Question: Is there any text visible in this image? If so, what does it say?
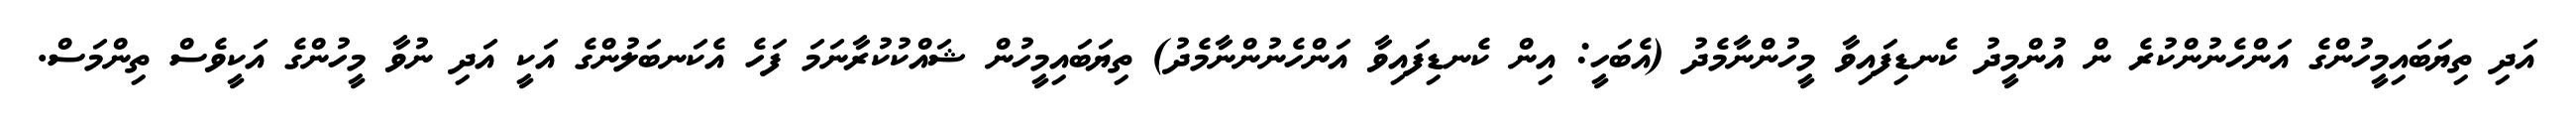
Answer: އަދި ތިޔަބައިމީހުންގެ އަންހެނުންކުރެ ން އުންމީދު ކެނޑިފައިވާ މީހުންނާމެދު (އެބަހީ: އިން ކެނޑިފައިވާ އަންހެނުންނާމެދު) ތިޔަބައިމީހުން ޝައްކުކުރާނަމަ ފަހެ އެކަނބަލުންގެ އަކީ އަދި ނުވާ މީހުންގެ އަކީވެސް ތިންމަސް.